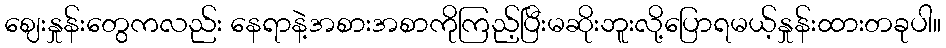
ဈေးနှုန်းတွေကလည်း နေရာနဲ့အစားအစာကိုကြည့်ပြီးမဆိုးဘူးလို့ပြောရမယ့်နှုန်းထားတခုပါ။